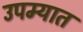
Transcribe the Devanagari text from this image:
उपम्यात